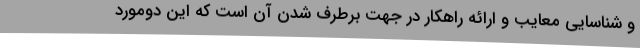
و شناسایی معایب و ارائه راهکار در جهت برطرف شدن آن است که این دومورد